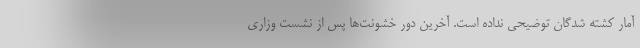
آمار کشته شدگان توضیحی نداده است. آخرین دور خشونت‌ها پس از نشست وزاری